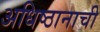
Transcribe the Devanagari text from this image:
अधिष्ठानाची